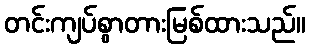
တင်းကျပ်စွာတားမြစ်ထားသည်။